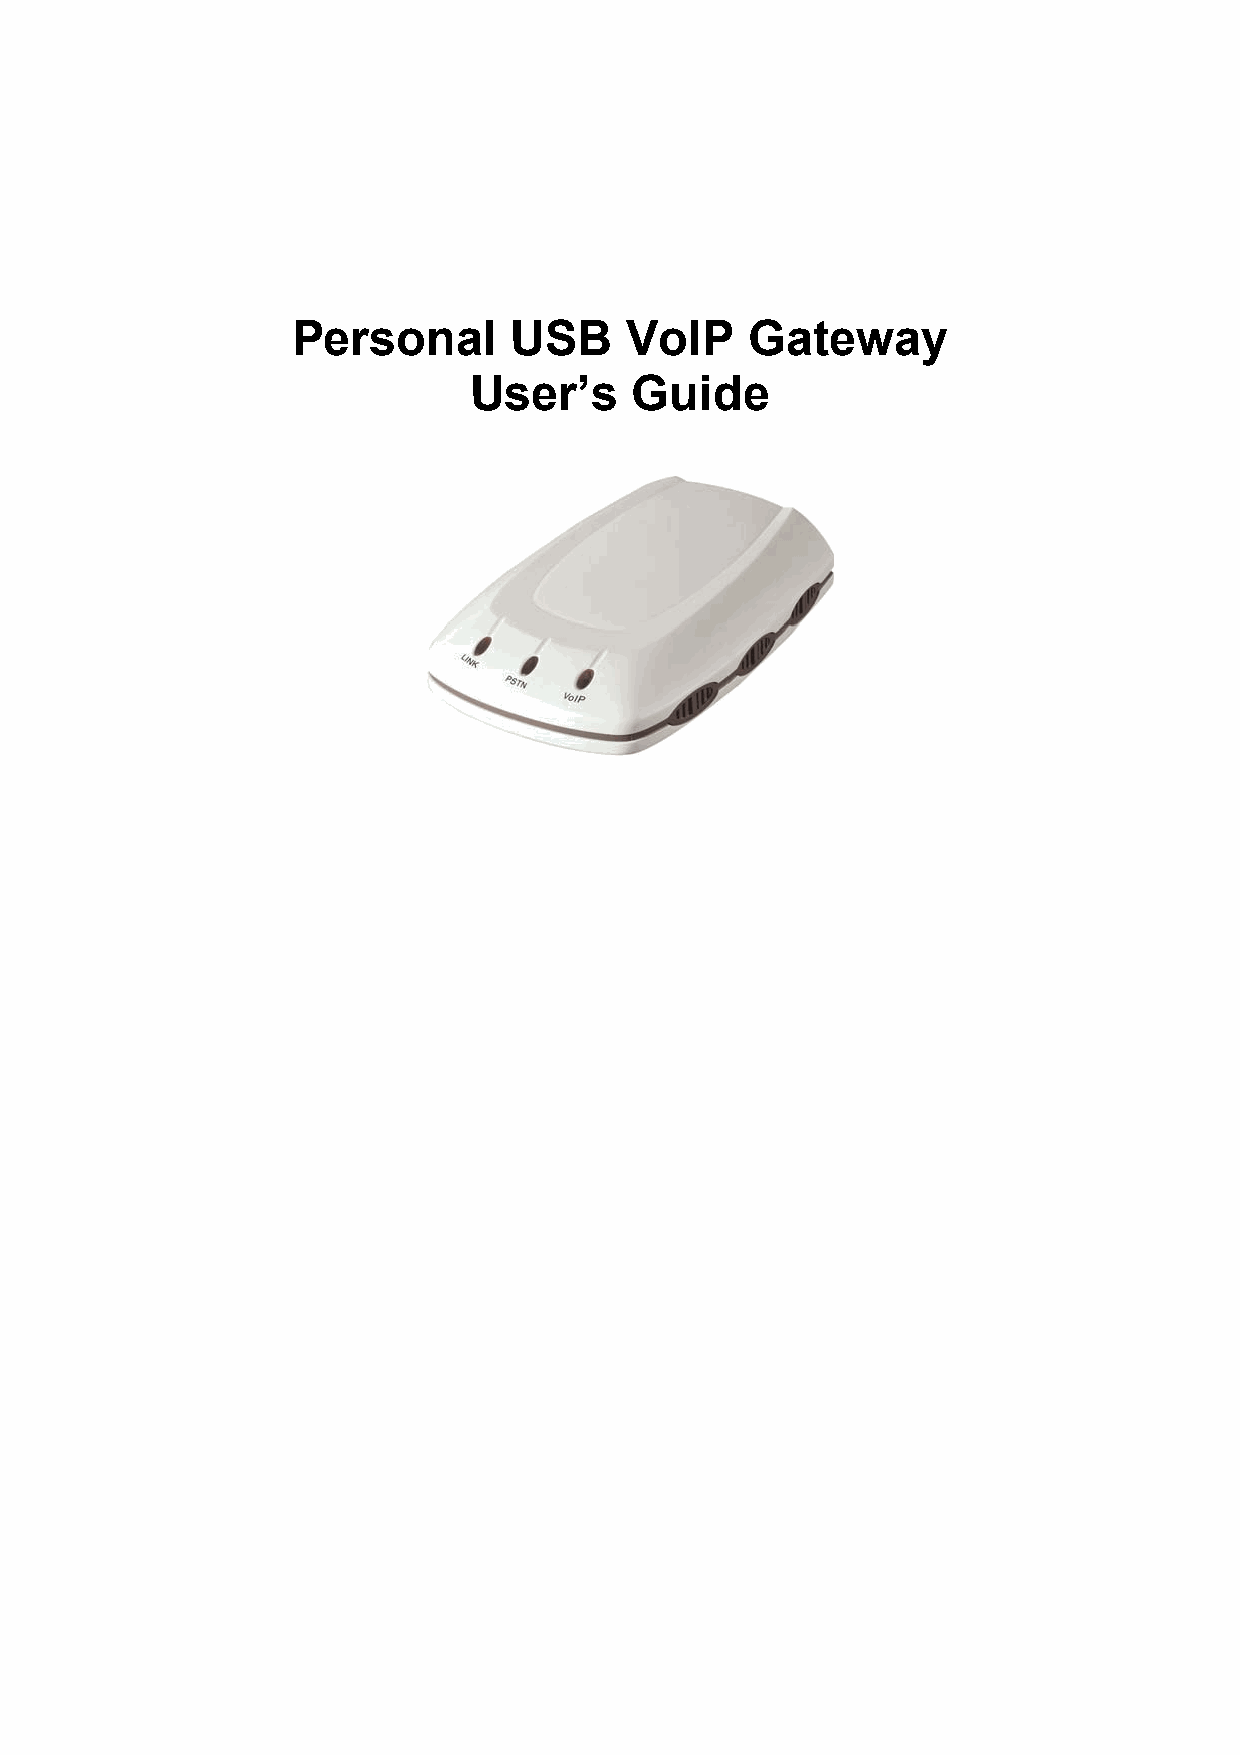
Personal       USB    VoIP     Gateway
 User’s     Guide